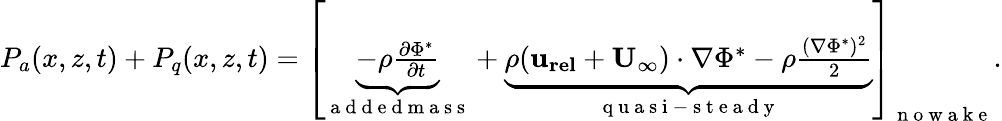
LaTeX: \begin{array}{r}{P_{a}(x,z,t)+P_{q}(x,z,t)=\left[\underbrace{-\rho\frac{\partial\Phi^{*}}{\partial t}}_{\mathrm{~a~d~d~e~d~m~a~s~s~}}+\underbrace{\rho(\mathbf{u_{rel}}+\mathbf{U_{\infty}})\cdot\nabla\Phi^{*}-\rho\frac{(\nabla\Phi^{*})^{2}}{2}}_{\mathrm{~q~u~a~s~i~-~s~t~e~a~d~y~}}\right]_{\mathrm{~n~o~w~a~k~e~}}.}\end{array}